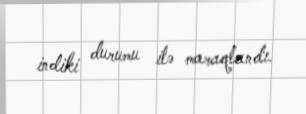
indiki durumu ilə maraqlandı.